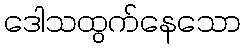
ဒေါသထွက်နေသော